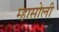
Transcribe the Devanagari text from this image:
म्हासोली